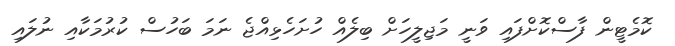
ކޮމެޓީން ފާސްކޮށްފައި ވަނީ މަޖިލީހަށް ބިލެއް ހުށަހެޅިއްޖެ ނަމަ ބަހުސް ކުރުމަކާއި ނުލައި